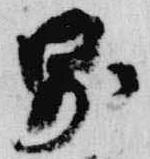
則